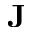
{ \bf J }